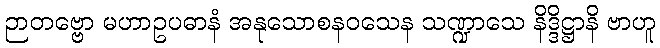
ဉာတဗ္ဗော မဟာဥပဓာနံ အနုသောစနဝသေန သဏ္ဍာသေ နိဒ္ဒိဋ္ဌာနိ ဗာဟူ